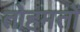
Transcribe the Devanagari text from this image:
तोहमतों